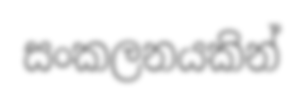
සංකලනයකින්